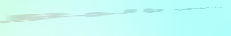
مركز لتدريب الحاسوب والبر